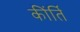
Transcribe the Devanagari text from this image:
कींर्ति